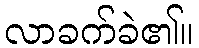
လာခက်ခဲ၏။